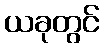
ယခုတွင်